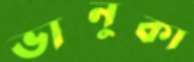
ভানুকা